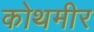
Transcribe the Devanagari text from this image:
कोथमीर